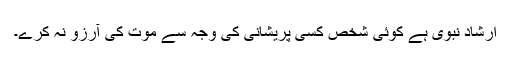
ارشاد نبوی ہے کوئی شخص کسی پریشانی کی وجہ سے موت کی آرزو نہ کرے۔